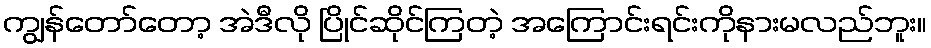
ကျွန်တော်တော့ အဲဒီလို ပြိုင်ဆိုင်ကြတဲ့ အကြောင်းရင်းကိုနားမလည်ဘူး။